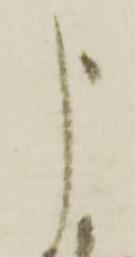
申